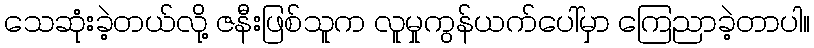
သေဆုံးခဲ့တယ်လို့ ဇနီးဖြစ်သူက လူမှုကွန်ယက်ပေါ်မှာ ကြေညာခဲ့တာပါ။